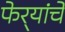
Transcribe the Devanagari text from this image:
फेर्‍यांचे